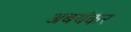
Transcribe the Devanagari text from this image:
अबयंकर